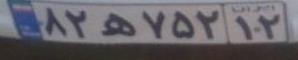
۸۲ه۷۵۲۱۲